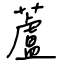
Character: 蘆